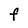
Character: F